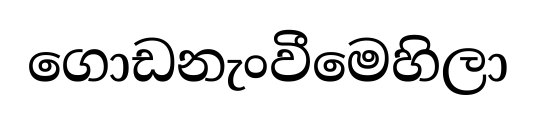
ගොඩනැංවීමෙහිලා